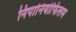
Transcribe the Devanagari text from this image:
निपानियोफिलम